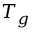
T _ { g }